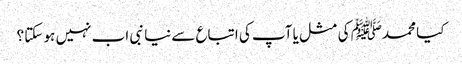
کیا محمدﷺ کی مثل یا آپ کی اتباع سےنیا نبی اب نہیں ہو سکتا ؟